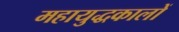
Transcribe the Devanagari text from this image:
महायुद्धकालों